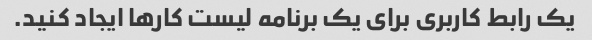
یک رابط کاربری برای یک برنامه لیست کارها ایجاد کنید.